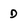
Character: D